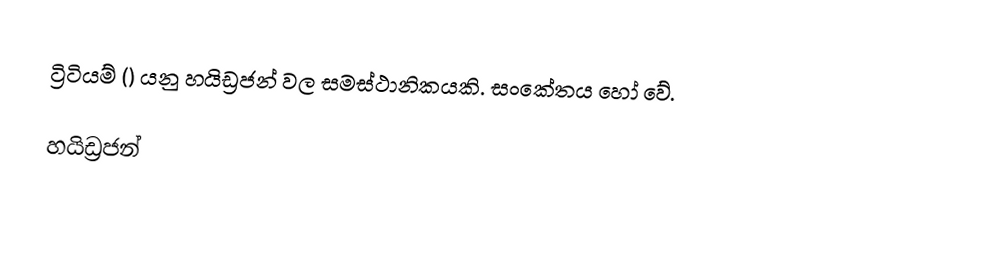
ට්‍රිටියම් () යනු හයිඩ්‍රජන් වල සමස්ථානිකයකි. සංකේතය  හෝ  වේ.

හයිඩ්‍රජන්